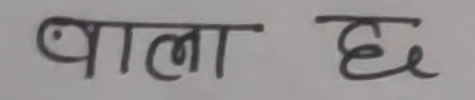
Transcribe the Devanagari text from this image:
बांला छ